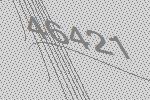
46421